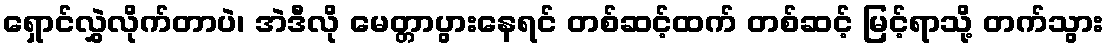
ရှောင်လွှဲလိုက်တာပဲ၊ အဲဒီလို မေတ္တာပွားနေရင် တစ်ဆင့်ထက် တစ်ဆင့် မြင့်ရာသို့ တက်သွား